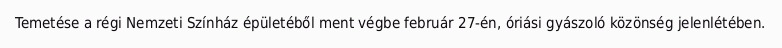
Temetése a régi Nemzeti Színház épületéből ment végbe február 27-én, óriási gyászoló közönség jelenlétében.